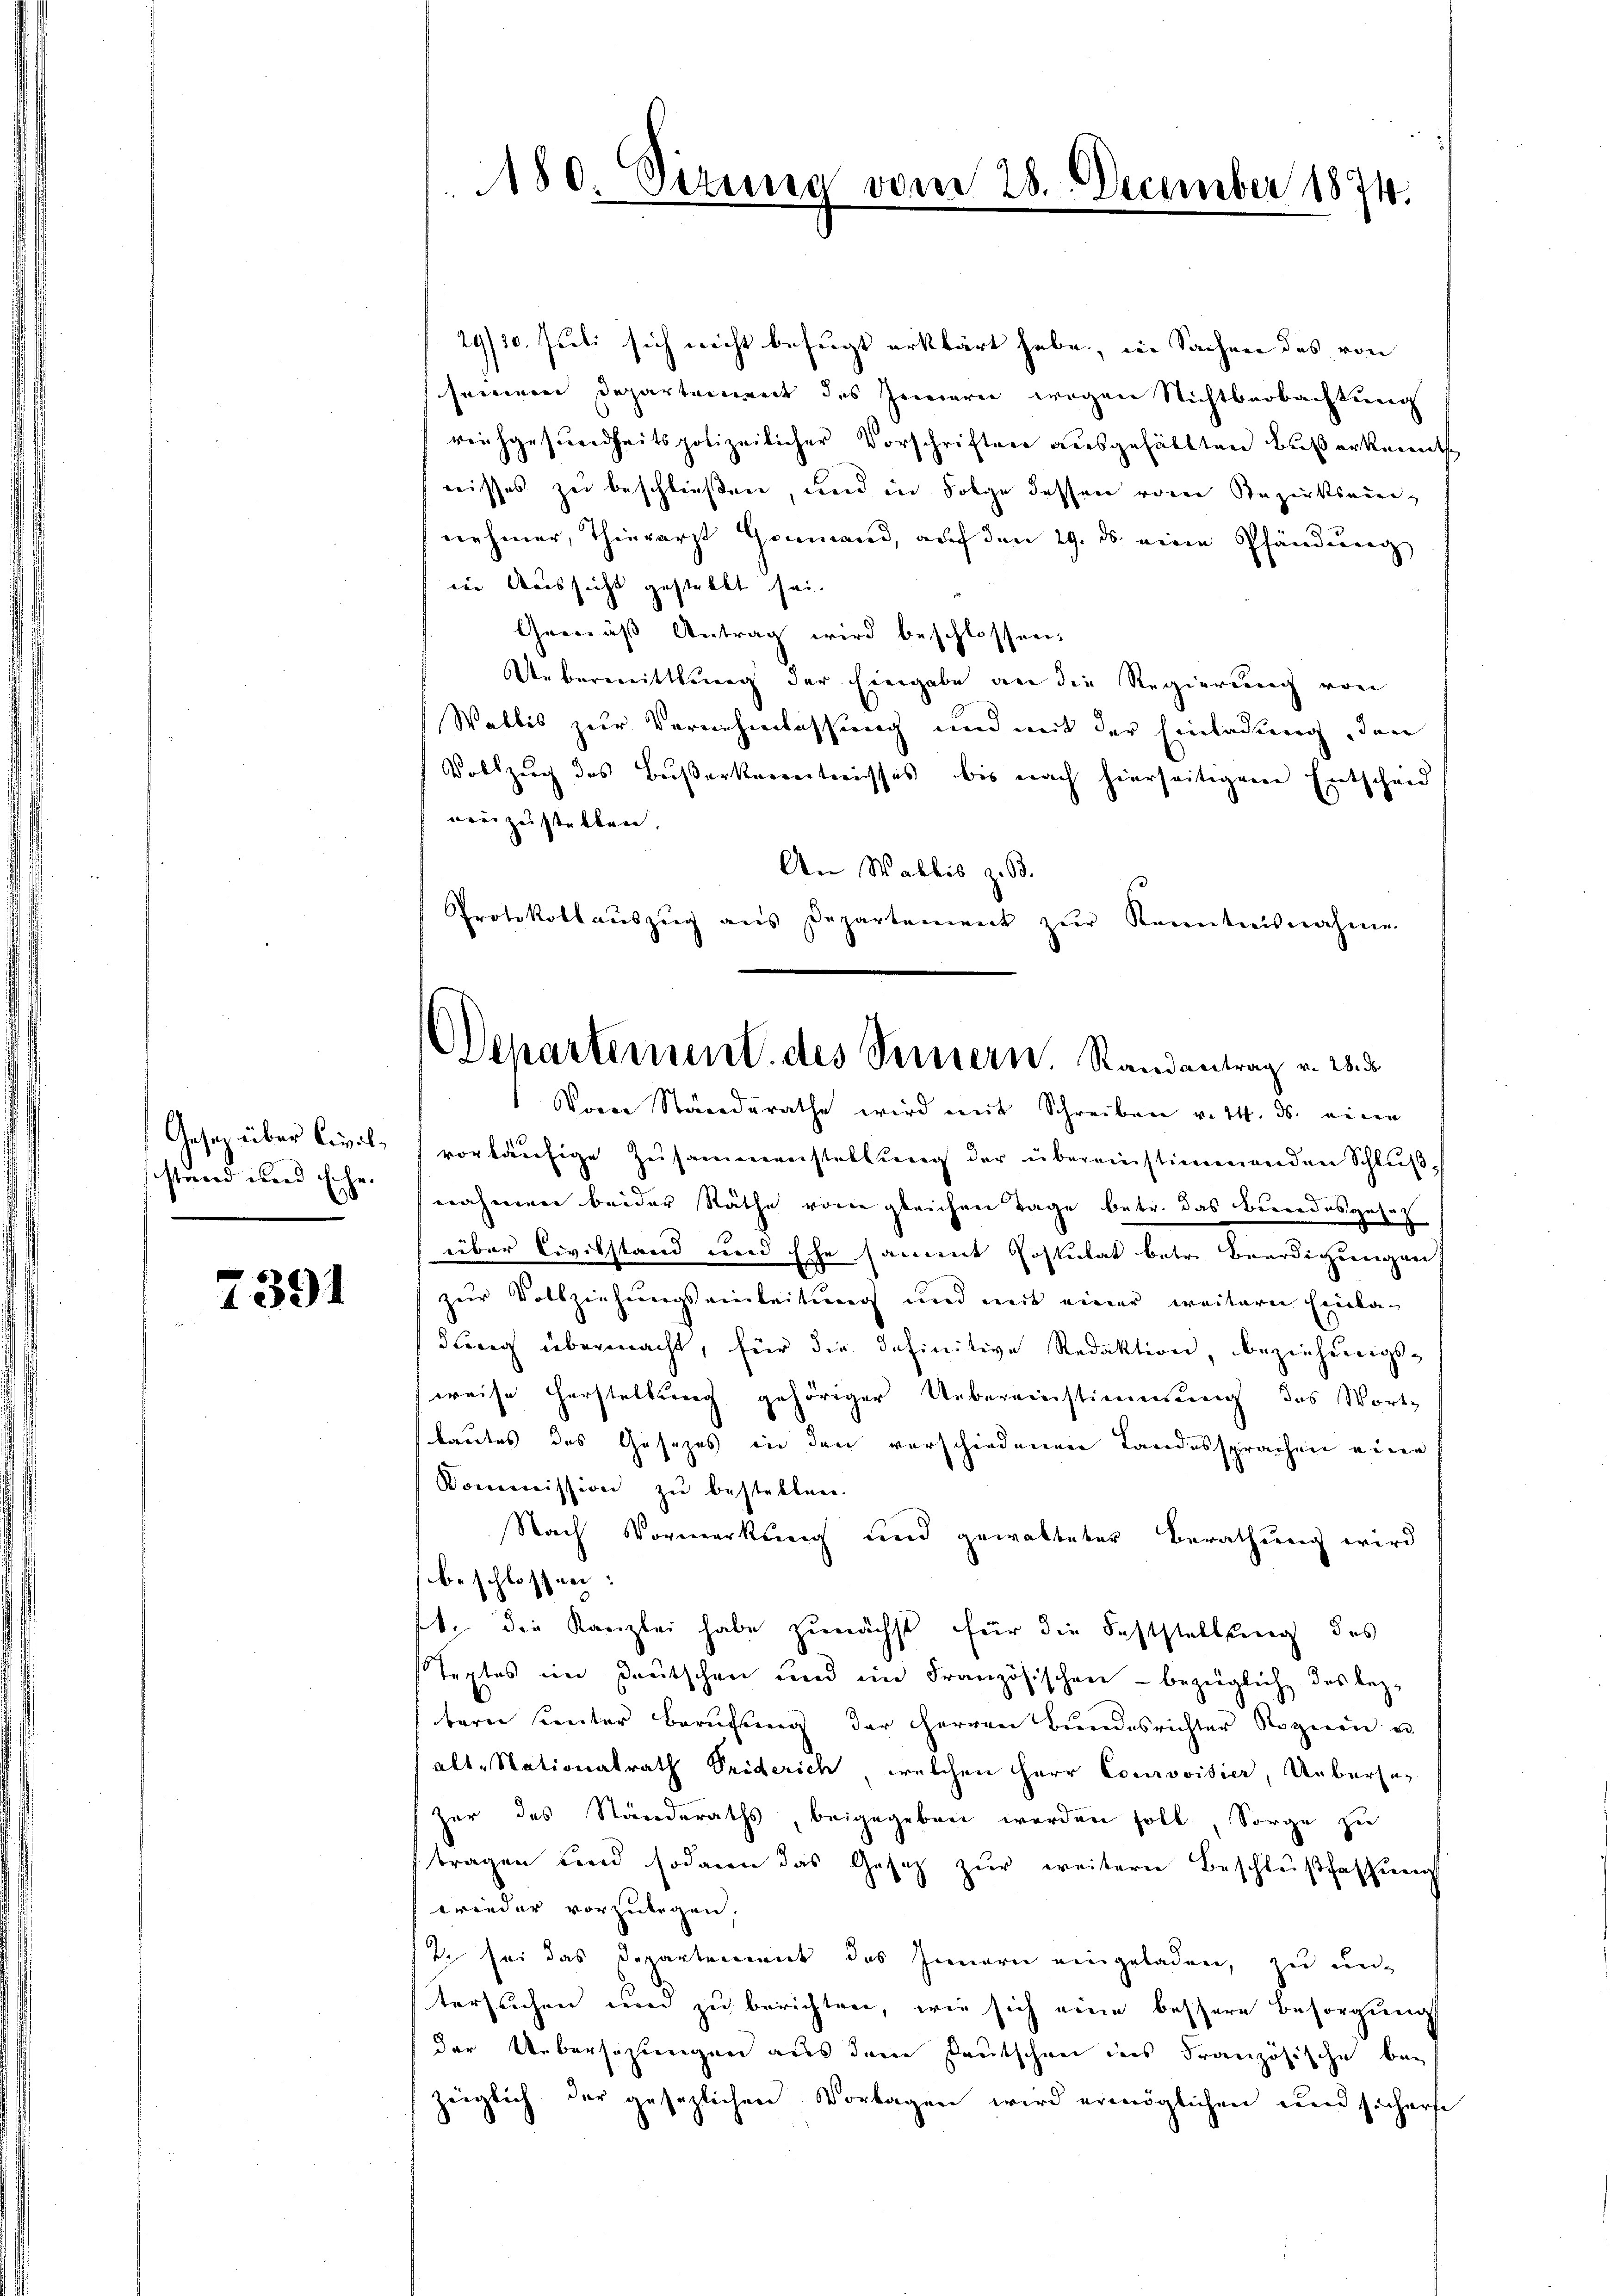
Gesetz über Civilstand und Erhe¬

7391

180. Sirung

29/30. Juli sich nicht befugt erklärt habe, in Sachen des von
seinem Departement des Innern wegen Nichtbeobachtung
reichgesundheitspolizeilicher Vorschriften ausgehältten Buserkennt
wisses zu beschließen, und in Folge dessen voren Bezirksamnehmer, Thierarzt Genmand, auf den 29. ds. eine Pfändung
die Aussicht gestellt sei.
Gemäß Antrag wird beschlossen:
Uebermittlung der Eingabe an die Regierung von
Walbis zur Vernehmlassung und mit der Einladung, den
Vollzug des Buserkenntnisses bis nach hierseitigem Entscheid
orei zustellen.
An Wallis z. 63.
Protokollaŭszŭg ans Departement zŭr Kenntnisnahme
Vom Ständerathe wird mit Schreiben v. 24. ds. einen
vorläufige Zusammenstellung der übereinstimmenden Schluß
nahmen beider Räthe von gleichen Tage betr. das Beeredesgesetz
über Civilstand und Ehe sammt Costulat betr. Beerdigungen
zur Vollziehungseinleitung und mit einer weitere Einka-
dung übermacht, für die definitive Redaktion, beziehungsweise Herstellung gehöriger Uebereinstimmung des Wort-
lautes das Gesezes in den verschiedenen Landessprachen eine
Kommission zu bestellen.
Nach Vormerkung und gewalteter Berathung wird
beschlossen:
t. die Kanzlei habe zunächst für die Feststellung des
Textes im Deutschen und im Französischen - bezüglich das bez-
tern unter Berufung der HHerren Bundesrichter Roziere u.
alt-Nationalrath Seiderich, welchen Herr Courovisier, Uebersa-
zer des Ständeraths, beigegeben werden soll, Sorge zu
tragen und sodann das Gesetz zur weitere Beschlußfassung
wieder vorzulegen,
t. sei das Departement des Innern eingeladen, zu un-
tersuchen und zu berichten, wie sich eine bessere Besorgung
der Uebersezungen aus dem Deutschen des Französische bei
züglich der gesezlichen Vorlagen wird ermöglichen und sicherse

Departement des Sennern. Randantrag v. 25. d.

vom 28. December 1874.